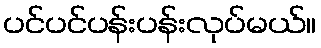
ပင်ပင်ပန်းပန်းလုပ်မယ်။